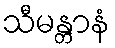
သီမန္တာနံ